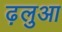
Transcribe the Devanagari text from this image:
ढ़लुआ